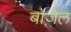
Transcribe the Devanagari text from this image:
बोज़ेल